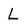
Character: L